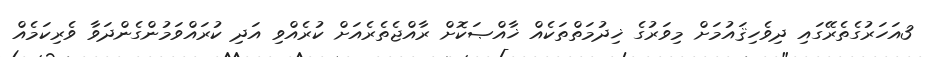
3އަހަރުގެތެރޭގައި ދިވެހިޤައުމަށް މިވަރުގެ ޚިދުމަތްތަކެއް ޚާއްޞަކޮށް ރާއްޖެތެރެއަށް ކުރެއްވި އަދި ކުރައްވަމުންގެންދަވާ ވެރިކަމެއް